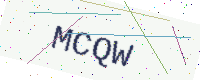
Text: MCQW